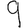
Digit: 9